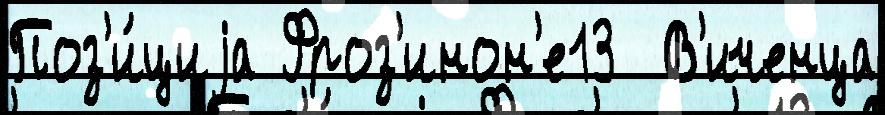
Поз'и́циjа Фроз'инон'е13  В'иченца